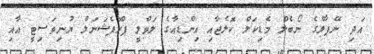
އަދި ނޭޕާލްގެ ނޯބެލް މެޑިކަލް ކޮލެޖާއި އިންޑިއާގެ ލަވްލީ ޕްރޮފެޝަނަލް ޔުނިވަސިޓީ އާއި